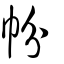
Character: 帉